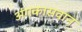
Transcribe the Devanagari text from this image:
अंगकासवान